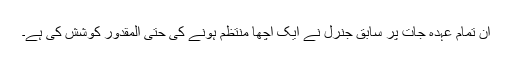
ان تمام عہدہ جات پر سابق جنرل نے ایک اچھا منتظم ہونے کی حتی المقدور کوشش کی ہے۔